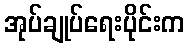
အုပ်ချုပ်ရေးပိုင်းက